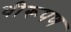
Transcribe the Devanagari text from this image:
वीरूपण